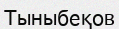
Тыныбеқов